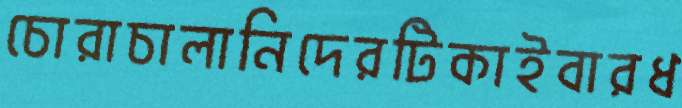
চোরাচালানিদেরটিকাইবারধ